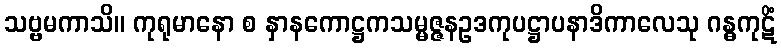
သဗ္ဗမကာသိ။ ကုရုမာနော စ နှာနကောဋ္ဌကသမ္မဇ္ဇနဥဒကုပဋ္ဌာပနာဒိကာလေသု ဂန္ဓကုဋိံ